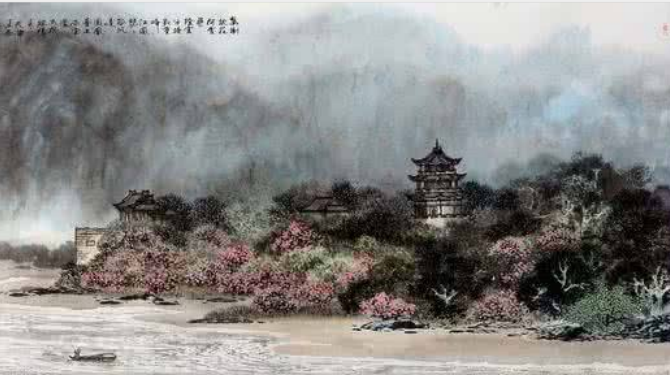
行人莫问当年事，故国东来渭水流。